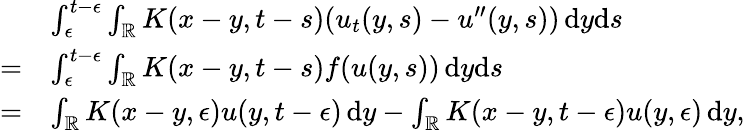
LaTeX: \begin{array}{rl}&{\int_{\epsilon}^{t-\epsilon}\int_{\mathbb{R}}K(x-y,t-s)(u_{t}(y,s)-u^{\prime\prime}(y,s))\, \mathrm{d}y\mathrm{d}s}\\ {=}&{\int_{\epsilon}^{t-\epsilon}\int_{\mathbb{R}}K(x-y,t-s)f(u(y,s))\, \mathrm{d}y\mathrm{d}s}\\ {=}&{\int_{\mathbb{R}}K(x-y,\epsilon)u(y,t-\epsilon)\, \mathrm{d}y-\int_{\mathbb{R}}K(x-y,t-\epsilon)u(y,\epsilon)\, \mathrm{d}y,}\end{array}